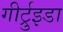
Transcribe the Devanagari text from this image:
गीर्ट्रुइडा